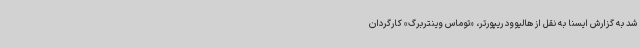
شد به گزارش ایسنا به نقل از هالیوود ریپورتر، «توماس وینتربرگ» کارگردان